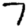
Digit: 7